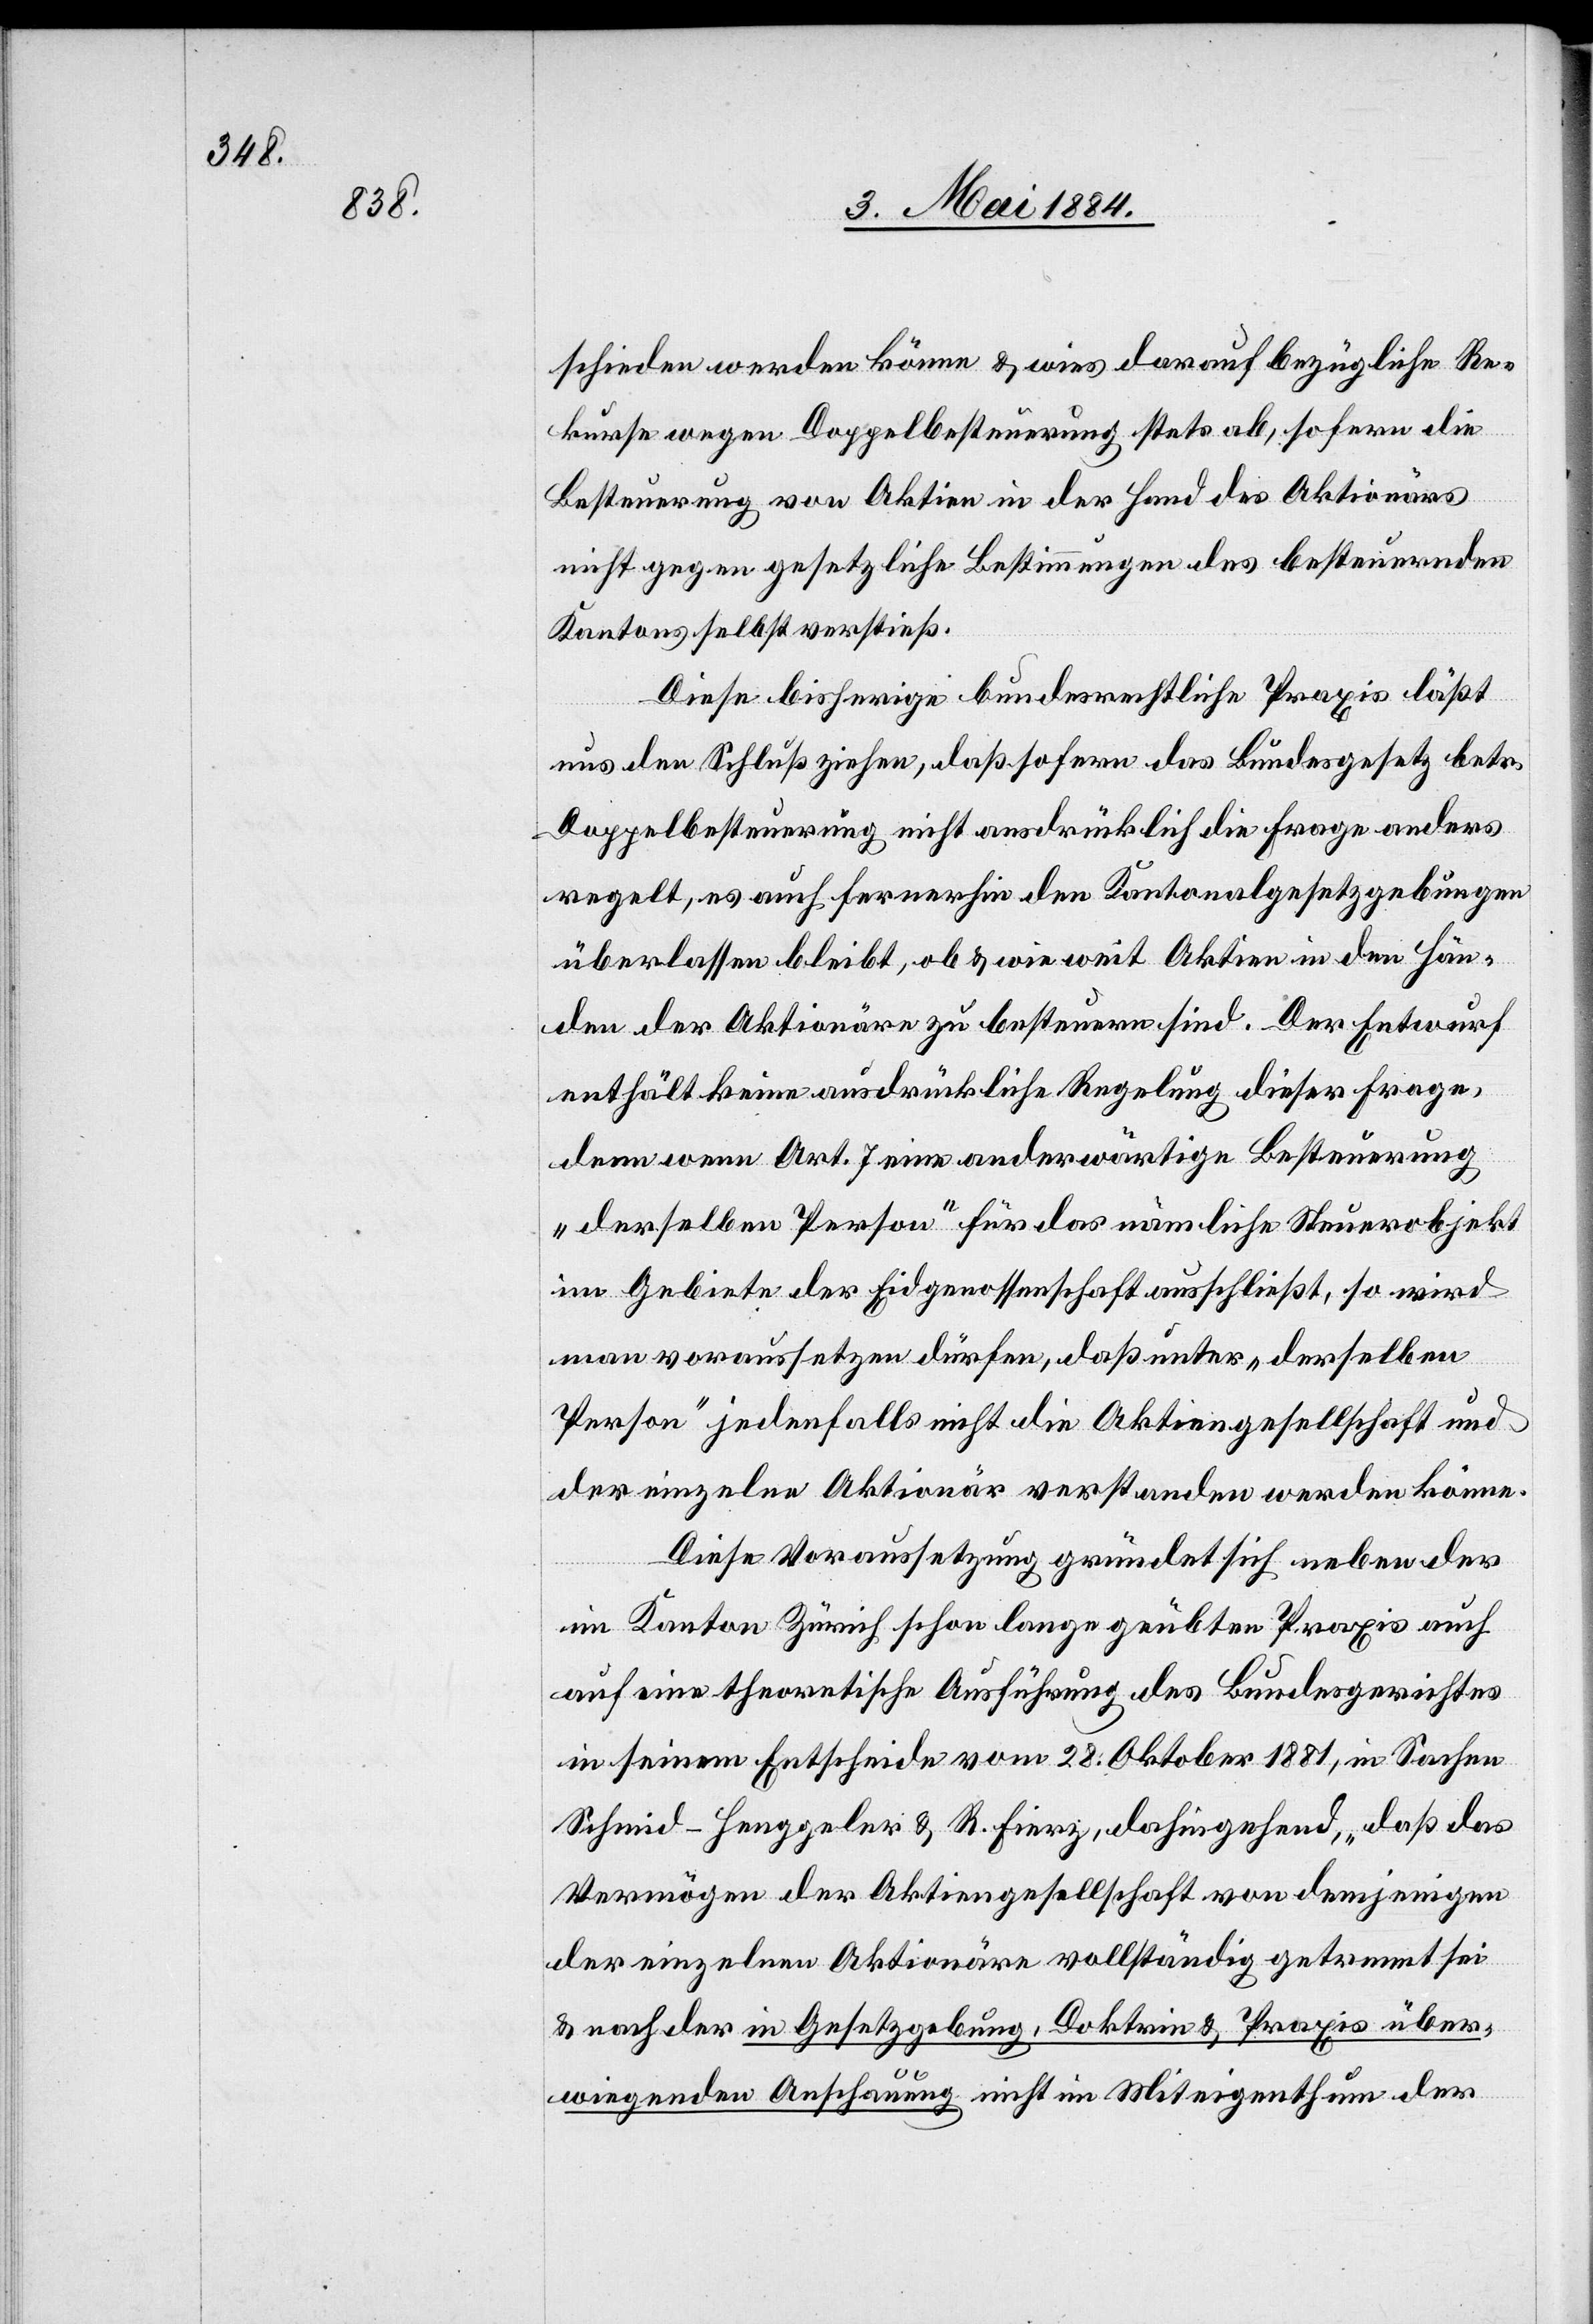
schieden werden könne & wies darauf bezüglich Re¬
kurse wegen Doppelbesteuerung stets ab, sofern die
Besteuerung von Aktien in der Hand des Aktionärs
nicht gegen gesetzliche Bestimmungen des besteuernden
Kantons selbst verstieß.
Diese bisherig bundesrechtliche Praxis läßt
uns den Schluß ziehen, daß sofern das Bundesgesetz betr.
Doppelbesteuerung nicht ausdrücklich die Frage anders
regelt, es auch fernerhin den Kantonalgesetzgebungen
überlassen bleibt, ob & wie weit Aktien in den Hän¬
den der Aktionäre zu besteuern sind. Der Entwurf
enthält keine ausdrückliche Regelung dieser Frage,
denn wenn Art. 7 eine anderwärtige Besteuerung
„derselben Person“ für das nämliche Steuerobjekt
im Gebiete der Eidgenossenschaft ausschließt, so wird
man voraussetzen dürfen, daß unter „derselben
Person“ jedenfalls nicht die Aktiengesellschaft und
der einzelne Aktionär verstanden werden könne.
Diese Voraussetzung gründet sich neben der
im Kanton Zürich schon lange geübte Praxis auch
auf eine theoretische Ausführung des Bundesgerichtes
in seinem Entscheide vom 28. Oktober 1881, in Sachen
Schmid-Henggeler & R. Fierz, dahingehend, „daß das
Vermögen der Aktiengesellschaft von demjenigen
der einzelnen Aktionäre vollständig getrennt sei
& nach der in Gesetzgebung, Doktrin & Praxis über¬
wiegenden Anschauung nicht im Miteigenthum der